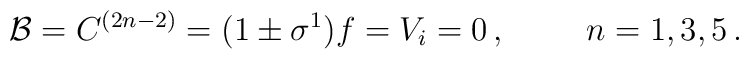
{\cal B} =C^{(2n-2)}=(1\pm\sigma^{1})f=V_{i}=0\, ,\hspace{1cm}n=1,3,5\, .